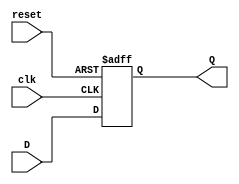
`timescale 1ns / 1ps

// Asynchronous reset DFF...

module adff(
	input  D,
	input  clk,
	input  reset,
	output Q
);

reg Qreg;

assign Q = Qreg;

always @ (posedge(clk), posedge(reset))
begin
	if (reset == 1)
		Qreg <= 1'b0;
	else
		Qreg <= D;
end

endmodule